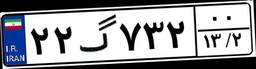
۲۲گ۷۳۲۰۰